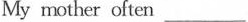
My mother often______